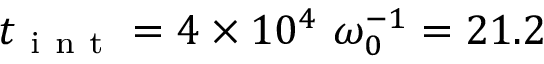
t _ { \mathrm { ~ i ~ n ~ t ~ } } = 4 \times 1 0 ^ { 4 } \ \omega _ { 0 } ^ { - 1 } = 2 1 . 2